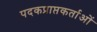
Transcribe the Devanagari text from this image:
पदकप्राप्तकर्ताओं